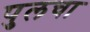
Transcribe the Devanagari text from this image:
पुलचा